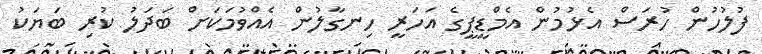
ފުލުހުން ހުރަސް އެޅުމުން އެމްޑީޕީގެ އަހަރީ ހިނގާލުން އެއްވުމަކަށް ބަދަލު ކުރި ބަޔަކު